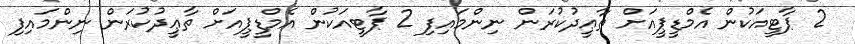
2 ޕާޓީއަކުން އެމްޑީޕީއަށް ތާޢީދުކުރަން ނިންމައިފި 2 ޕާޓީއަކުން އެމްޑީޕީއަށް ތާޢީދުކުރަން ނިންމައިފި